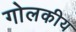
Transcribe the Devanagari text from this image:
गोलकीय